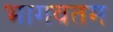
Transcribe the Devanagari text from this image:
भागवतम